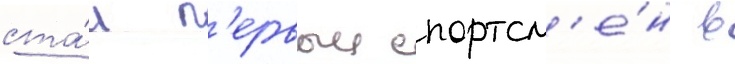
ста́л п'ервыи спортсм'е́н в